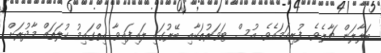
ބަލާލަން ޗާލެވެ. ފުރިހަމައެވެ. އުސް ޓަވަރުތަކާއި ބޭރުގައި ލައިފައިވާ ހިތްގައިމު ކުލަތައް މާދުރަށް